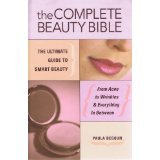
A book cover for The Complete Beauty Bible: The Ultimate Guide to Smart Beauty; Paula Begoun; Health, Fitness & Dieting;